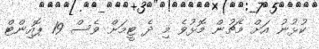
ކުޅުނު އަށް މެޗުން މޮޅުވެ މި ދެ ޓީމަށް ވެސް 19 ޕޮއިންޓް